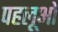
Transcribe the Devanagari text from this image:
पहलूओ